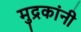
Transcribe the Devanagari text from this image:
मुद्रकांनी